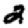
Digit: 2